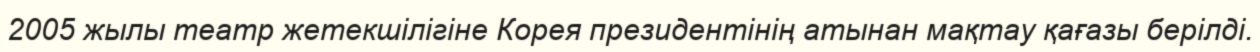
2005 жылы театр жетекшілігіне Корея президентінің атынан мақтау қағазы берілді.